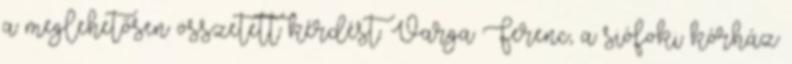
a meglehetősen összetett kérdést. Varga Ferenc, a siófoki kórház